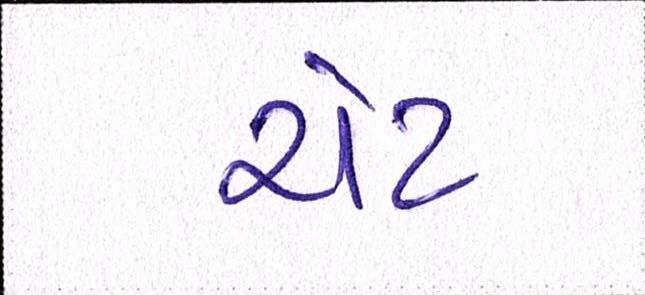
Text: ચેટ